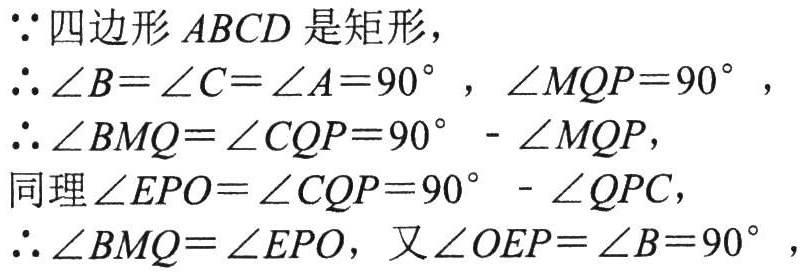
\(\because\)四边形\(ABCD\)是矩形，

\(\therefore \angle B = \angle C = \angle A = 90^{\circ}\)，\(\angle MQP = 90^{\circ}\)，

\(\therefore \angle BMQ = \angle CQP = 90^{\circ} - \angle MQP\)，

同理\(\angle EPO = \angle CQP = 90^{\circ} - \angle QPC\)，

\(\therefore \angle BMQ = \angle EPO\)，又\(\angle OEP = \angle B = 90^{\circ}\)，